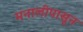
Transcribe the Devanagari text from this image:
मनालीपासून